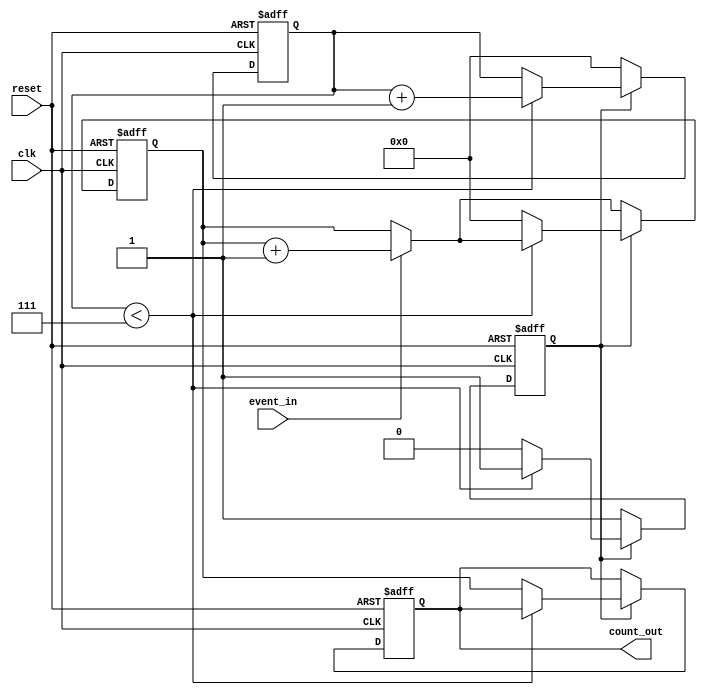
module windowed_counter #(
    parameter WINDOW_SIZE = 8  // Configurable window size
)(
    input wire clk,             // Clock signal
    input wire reset,           // Asynchronous reset signal
    input wire event_in,        // Event signal to be counted
    output reg [31:0] count_out // Count output (32-bit)
);

    reg [31:0] count;           // Internal counter for events
    reg [31:0] window_timer;     // Timer for the window
    reg window_active;          // Flag to indicate if the window is active

    // Asynchronous reset and counting logic
    always @(posedge clk or posedge reset) begin
        if (reset) begin
            count <= 32'b0;      // Reset count to zero
            count_out <= 32'b0;  // Reset output count
            window_timer <= 32'b0; // Reset window timer
            window_active <= 1'b0; // Deactivate window
        end else begin
            // Increment count on event signal
            if (event_in) begin
                count <= count + 1;
            end
            
            // Manage window timer
            if (window_active) begin
                if (window_timer < WINDOW_SIZE - 1) begin
                    window_timer <= window_timer + 1; // Increment window timer
                end else begin
                    // Window has completed
                    window_active <= 1'b0; // Deactivate window
                    count_out <= count;    // Latch the count output
                    count <= 32'b0;        // Reset count for next window
                end
            end else begin
                // Start a new window if not active
                window_active <= 1'b1; // Activate window
                window_timer <= 32'b0; // Reset window timer
            end
        end
    end

endmodule